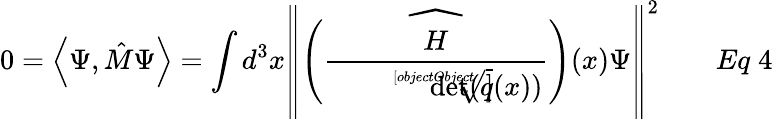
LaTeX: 0=\left\langle\Psi,{\hat{M}}\Psi\right\rangle=\int d^{3}x\left\| {\widehat{\left({\frac{H}{\sqrt[[objectObject]]{\operatorname*{det}(q(x))}}}\right)}}(x)\Psi\right\| ^{2}\qquad Eq\; 4